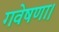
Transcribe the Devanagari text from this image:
गवेषणा।